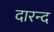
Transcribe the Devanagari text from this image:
दारन्द